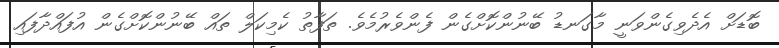
ބޮޑަށް އެދެވިގެންވަނީ މާގަނޑު ބޭނުންކޮށްގެން ފެންވެރުމެވެ. ތަފާތު ކެމިކަލް ތައް ބޭނުންކޮށްގެން އުފައްދާފައި